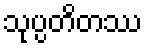
သုပ္ပတိတဿ